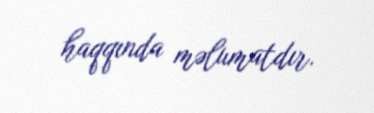
haqqında məlumatdır.